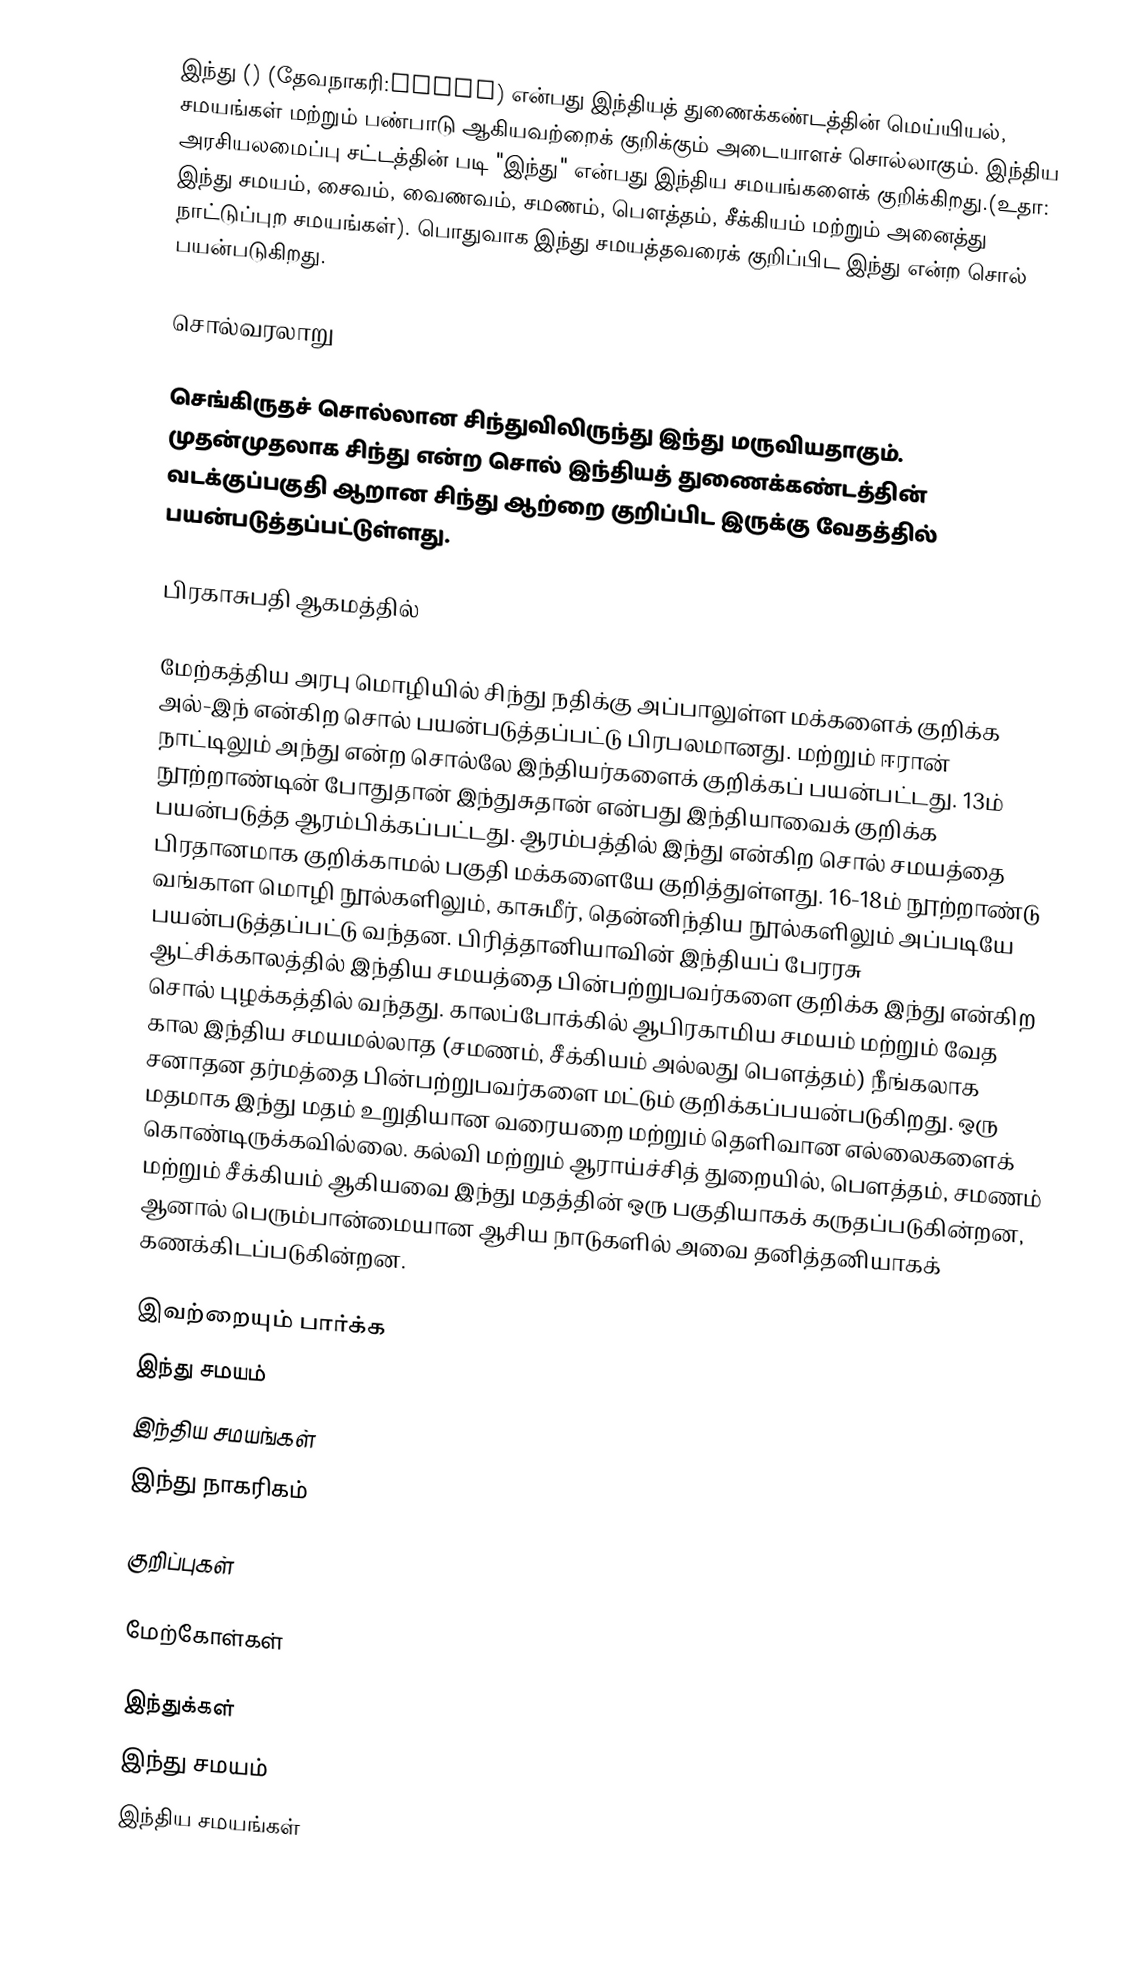
இந்து () (தேவநாகரி:हिंदू) என்பது இந்தியத் துணைக்கண்டத்தின்  மெய்யியல், சமயங்கள் மற்றும் பண்பாடு ஆகியவற்றைக் குறிக்கும் அடையாளச் சொல்லாகும். இந்திய அரசியலமைப்பு சட்டத்தின் படி "இந்து" என்பது இந்திய சமயங்களைக் குறிக்கிறது.(உதா: இந்து சமயம், சைவம், வைணவம், சமணம், பௌத்தம், சீக்கியம் மற்றும் அனைத்து நாட்டுப்புற சமயங்கள்). பொதுவாக இந்து சமயத்தவரைக் குறிப்பிட இந்து என்ற சொல் பயன்படுகிறது.

சொல்வரலாறு

செங்கிருதச் சொல்லான சிந்துவிலிருந்து இந்து மருவியதாகும். முதன்முதலாக சிந்து என்ற சொல் இந்தியத் துணைக்கண்டத்தின் வடக்குப்பகுதி ஆறான சிந்து ஆற்றை குறிப்பிட இருக்கு வேதத்தில் பயன்படுத்தப்பட்டுள்ளது.

பிரகாசுபதி ஆகமத்தில்

மேற்கத்திய அரபு மொழியில் சிந்து நதிக்கு அப்பாலுள்ள மக்களைக் குறிக்க அல்-இந் என்கிற சொல் பயன்படுத்தப்பட்டு பிரபலமானது. மற்றும் ஈரான் நாட்டிலும் அந்து என்ற சொல்லே இந்தியர்களைக் குறிக்கப் பயன்பட்டது. 13ம் நூற்றாண்டின் போதுதான் இந்துசுதான் என்பது இந்தியாவைக் குறிக்க பயன்படுத்த ஆரம்பிக்கப்பட்டது. ஆரம்பத்தில் இந்து என்கிற சொல் சமயத்தை பிரதானமாக குறிக்காமல் பகுதி மக்களையே குறித்துள்ளது. 16-18ம் நூற்றாண்டு வங்காள மொழி நூல்களிலும், காசுமீர், தென்னிந்திய நூல்களிலும் அப்படியே பயன்படுத்தப்பட்டு வந்தன. பிரித்தானியாவின் இந்தியப் பேரரசு ஆட்சிக்காலத்தில் இந்திய சமயத்தை பின்பற்றுபவர்களை குறிக்க இந்து என்கிற சொல் புழக்கத்தில் வந்தது. காலப்போக்கில் ஆபிரகாமிய சமயம் மற்றும் வேத கால இந்திய சமயமல்லாத (சமணம், சீக்கியம் அல்லது பௌத்தம்) நீங்கலாக சனாதன தர்மத்தை பின்பற்றுபவர்களை மட்டும் குறிக்கப்பயன்படுகிறது. ஒரு மதமாக இந்து மதம் உறுதியான வரையறை மற்றும் தெளிவான எல்லைகளைக் கொண்டிருக்கவில்லை. கல்வி மற்றும் ஆராய்ச்சித் துறையில், பௌத்தம், சமணம் மற்றும் சீக்கியம் ஆகியவை இந்து மதத்தின் ஒரு பகுதியாகக் கருதப்படுகின்றன, ஆனால் பெரும்பான்மையான ஆசிய நாடுகளில் அவை தனித்தனியாகக் கணக்கிடப்படுகின்றன.

இவற்றையும் பார்க்க
 இந்து சமயம்
இந்திய சமயங்கள்
 இந்து நாகரிகம்

குறிப்புகள்

மேற்கோள்கள்

இந்துக்கள்
இந்து சமயம்
இந்திய சமயங்கள்